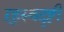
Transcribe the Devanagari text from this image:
ऱ्हस्वदृष्टी